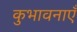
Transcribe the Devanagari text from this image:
कुभावनाएँ